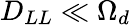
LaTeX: D_{LL}\ll\Omega_{d}